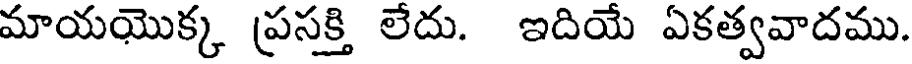
మాయయొక్క ప్రసక్తి లేదు. ఇదియే ఏకత్వవాదము.